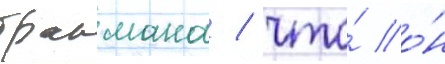
бракмана / что́ о́н